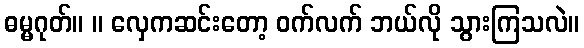
ဓမ္မဂုတ်။ ။ လှေကဆင်းတော့ ဝက်လက် ဘယ်လို သွားကြသလဲ။